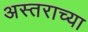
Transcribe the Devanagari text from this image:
अस्तराच्या